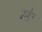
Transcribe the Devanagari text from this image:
मेा